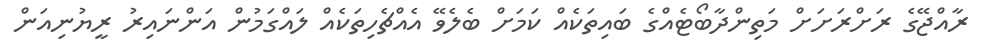
ރާއްޖޭގެ ރަށްރަށަށް މަތިންދާބޯޓެއްގެ ބައިތަކެއް ކަމަށް ބެލެވޭ އެއްޗެހިތަކެއް ލައްގަމުން އަންނައިރު ރީޔުނިއަން